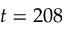
t = 2 0 8